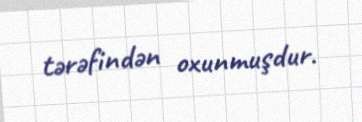
tərəfindən oxunmuşdur.